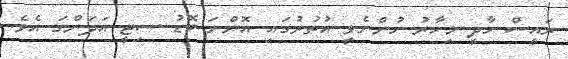
ރައީސް ހާދީ މިހާރު ހުންނެވީ އުތުރުގައި އޮންނަ ބޮޑު ސިޓީ އަދަންގަ އެވެ.